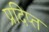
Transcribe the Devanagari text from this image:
प्रदिप्त